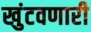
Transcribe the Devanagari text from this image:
खुंटवणारी